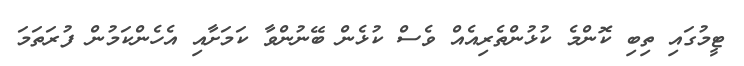
ޓީމުގައި ތިބި ކޮންމެ ކުޅުންތެރިއެއް ވެސް ކުޅެން ބޭނުންވާ ކަމަށާއި އެހެންކަމުން ފުރަތަމަ